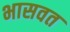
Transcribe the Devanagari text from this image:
भासवत